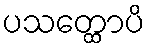
ပသတ္ထောပိ